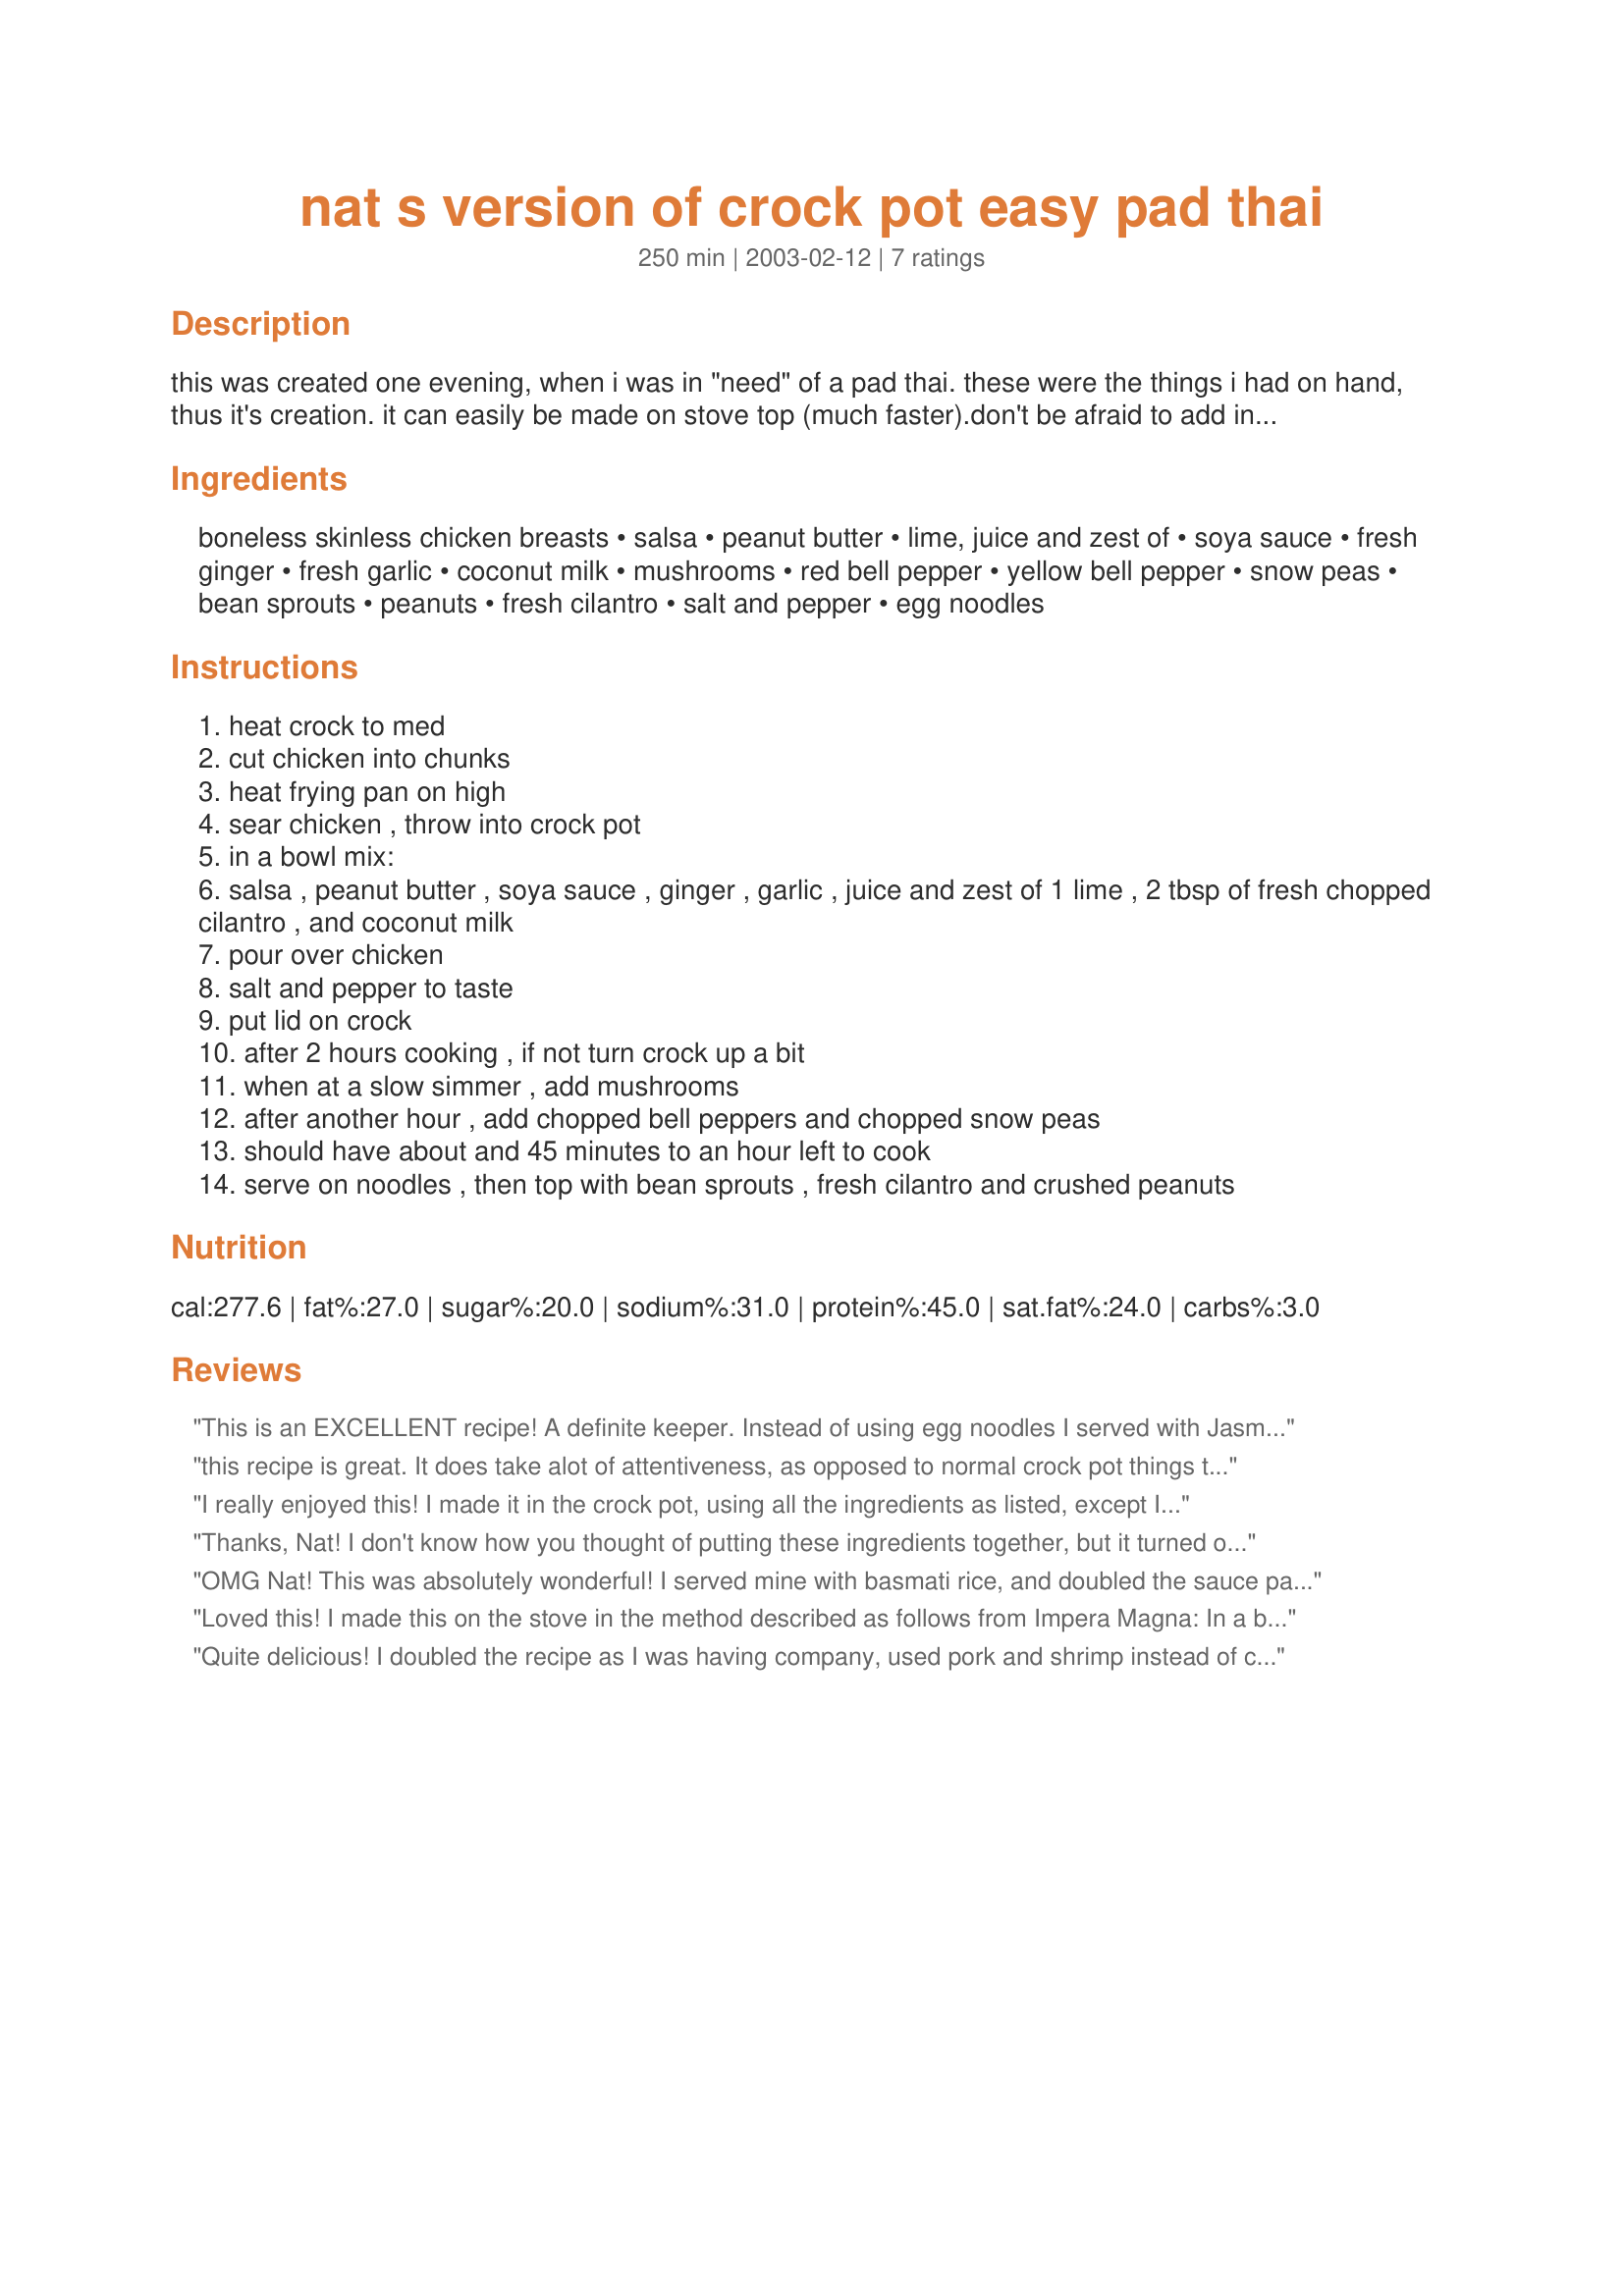
nat s version of crock pot easy pad thai
Preparation time: 250 minutes

this was created one evening, when i was in "need" of a pad thai. these were the things i had on hand, thus it's creation. it can easily be made on stove top (much faster).don't be afraid to add ingredients, or to leave any out. it's all a matter of taste, but this is the way we enjoy it most!i enjoy this more than going out for a pad thai now!

Ingredients:
boneless skinless chicken breasts, salsa, peanut butter, lime, juice and zest of, soya sauce, fresh ginger, fresh garlic, coconut milk, mushrooms, red bell pepper, yellow bell pepper, snow peas, bean sprouts, peanuts, fresh cilantro, salt and pepper, egg noodles

Steps:
heat crock to med
cut chicken into chunks
heat frying pan on high
sear chicken , throw into crock pot
in a bowl mix:
salsa , peanut butter , soya sauce , ginger , garlic , juice and zest of 1 lime , 2 tbsp of fresh chopped cilantro , and coconut milk
pour over chicken
salt and pepper to taste
put lid on crock
after 2 hours cooking , if not turn crock up a bit
when at a slow simmer , add mushrooms
after another hour , add chopped bell peppers and chopped snow peas
should have about and 45 minutes to an hour left to cook
serve on noodles , then top with bean sprouts , fresh cilantro and crushed peanuts

Reviews:
This is an EXCELLENT recipe! A definite keeper. Instead of using egg noodles I served with Jasmine Rice.
this recipe is great. It does take alot of attentiveness, as opposed to normal crock pot things that you can set and forget! you have to be around for this one! I made it exactly as instructed, except I added shrimp and broccoli to the chicken. I didn't change any other quantities except I took the suggestion from imka170 and used extra lime, garlic and used 4 chili peppers. My husband still said it wasn't spicy enough. Maybe add more chili's or some chili powder. I used HOT salsa, too. Also to make it a little more healthy, I used light crunchy PB and lite coconut milk. It was delicious. Thanks Nat
I really enjoyed this! I made it in the crock pot, using all the ingredients as listed, except I couldn't find snow peas and used sugar snap peas instead. Whenever I added something to the crockpot, I stirred it up so the sauce could get to everything. I also halved the recipe. I thought the "heat" was just right for this type of dish. I made this for Healthy Choices tag. Thanks for posting!
Thanks, Nat! I don't know how you thought of putting these ingredients together, but it turned out great. I'll admit that I tried it out of curiosity (and maybe a bit of skepticism) but it tasted so good, I will likely make it again. I got a little nervous in the beginning, because the ingredients smelled a little funky when I first mixed them together. But, as it simmered, it smelled great and became the perfect consistency. I would agree with another reviewer, that this dish takes more "attentiveness" than other crock pot recipes. But, it is much easier than making Pad Thai from scratch.
OMG Nat!
This was absolutely wonderful! I served mine with basmati rice, and doubled the sauce part, and it came out amazing. If I could, I would give it 1,000 stars!!!! Easy to make, smelled fabulous. Thanks for a great recipe
Loved this! I made this on the stove in the method described as follows from Impera Magna:
In a bowl, mix together: salsa, peanut butter, soy sauce, ginger, garlic, juice & zest of one lime, 2 T chopped cilantro, and coconut milk. Set aside. 

Cut chicken into bite-sized pieces and quickly sear chicken in a large skillet or dutch oven over high heat. 

Pour salsa mixture over chicken, stirring well to combine. Bring to a boil, reduce heat, cover and simmer for 5-10 minutes. 

Stir in mushrooms, bell peppers and snow peas; cover and simmer for 15-20 minutes, until chicken and veggies are done. 

Serve over noodles, topping wigh bean sprouts, fresh cilantro, and crushed peanuts.

The only things I did differently was to omit peppers, sprouts and extra nuts and I added some crushed red pepper flakes and a packet of Splenda. I didn't have a fresh lime so I used bottled lime juice. I served it with linguine. Thanks Nat!
Quite delicious! I doubled the recipe as I was having company, used pork and shrimp instead of chicken and I added 2 tbsp of fish sauce and 3 chili peppers. I would probably add more lime, more garlic and perhaps a couple extra chilies for some more "zing". 
It was really great being able to make Thai in my crock pot, leave it to to cook while I entertained company and just cook up the noodles when we were ready for dinner.
Will definitely make this again! It was a hit! Thanks so much!
